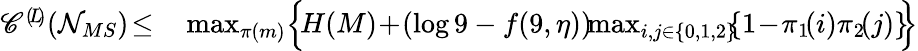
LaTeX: \begin{array}{rl}{\mathscr{C}^{(\! L\! )}(\mathcal{N}_{MS})\! \leq}&{{}\operatorname*{max}_{\pi(m)}\Bigl\{ \! H(M)\! +\! (\log 9-f(9,\eta))\! \! \operatorname*{max}_{i,j\in\{ 0,1,2\} }\! \! \{ 1\! -\! \pi_{1}\! (i)\pi_{2}\! (j)\} \! \! \Bigr\} }\end{array}